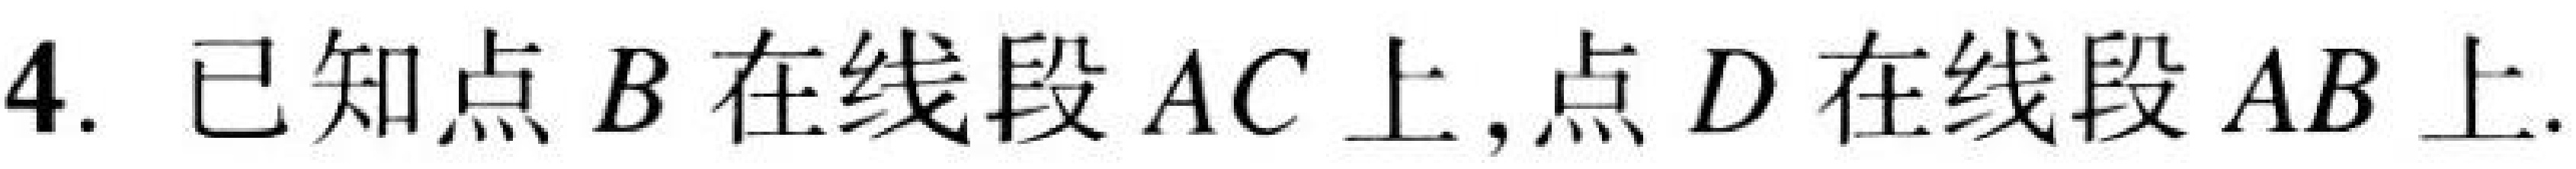
4. 已知点\(B\)在线段\(AC\)上,点\(D\)在线段\(AB\)上.